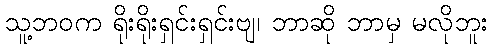
သူ့ဘဝက ရိုးရိုးရှင်းရှင်းဗျ၊ ဘာဆို ဘာမှ မလိုဘူး